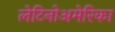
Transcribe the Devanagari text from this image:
लेटिनोअमेरिका